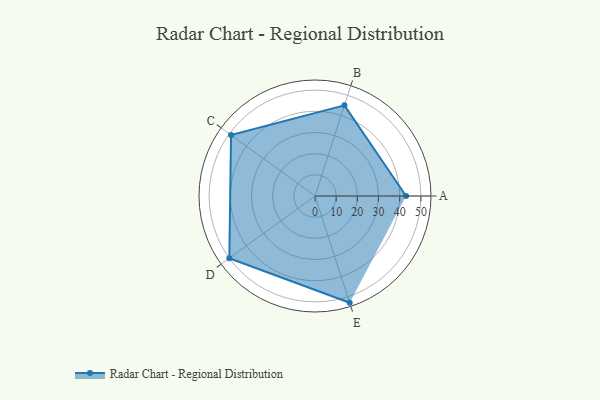
{"axis": {"x": "Skill", "y": "Score"}, "legend": ["Profile"], "data": [{"x": "A", "y": 43.0, "type": "Profile"}, {"x": "B", "y": 45.0, "type": "Profile"}, {"x": "C", "y": 49.0, "type": "Profile"}, {"x": "D", "y": 50.0, "type": "Profile"}, {"x": "E", "y": 53.0, "type": "Profile"}]}